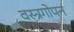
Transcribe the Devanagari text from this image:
वस्त्रगोपन